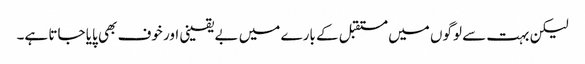
لیکن بہت سے لوگوں میں مستقبل کے بارے میں بے یقینی اور خوف بھی پایا جاتا ہے۔